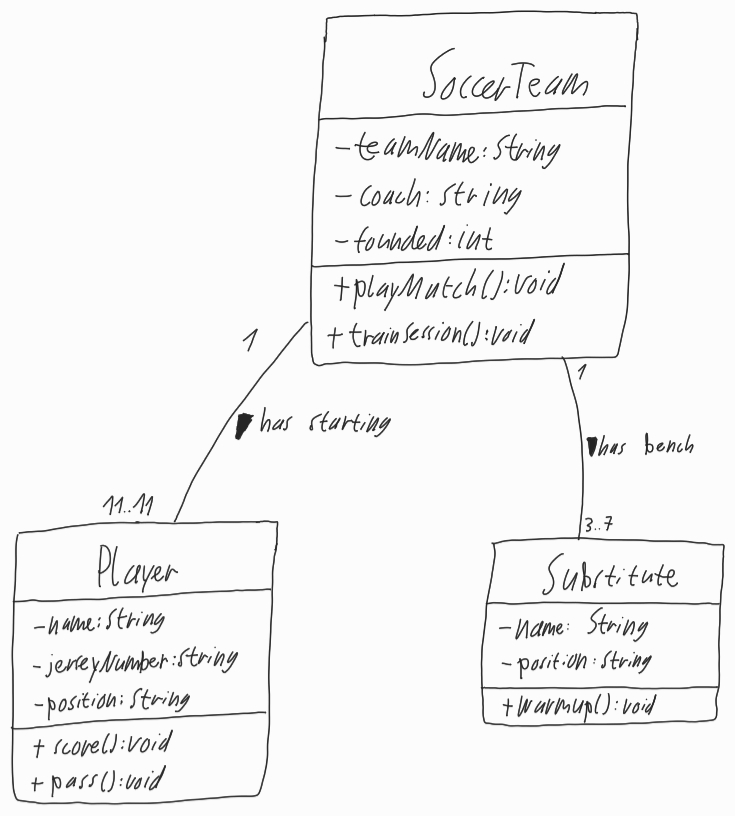
Diagram type: class_diagram
```plantuml
@startuml

class SoccerTeam {
  - teamName: String
  - coach: String
  - founded: int
  + playMatch(): void
  + trainSession(): void
}

class Player {
  - name: String
  - jerseyNumber: String
  - position: String
  + score(): void
  + pass(): void
}

class Substitute {
  - name: String
  - position: String
  + warmup(): void
}

SoccerTeam "1" -- "11..11" Player : has starting >

SoccerTeam "1" -- "3..7" Substitute : has bench >

@enduml
```